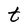
Character: t